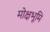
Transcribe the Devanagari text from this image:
मोक्षभूमि